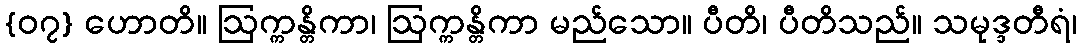
{၀၇} ဟောတိ။ ဩက္ကန္တိကာ၊ ဩက္ကန္တိကာ မည်သော။ ပီတိ၊ ပီတိသည်။ သမုဒ္ဒတီရံ၊